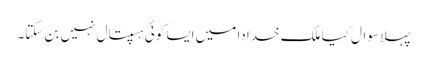
پہلا سوال کیا ملک خدادا میں ایسا کوئی ہسپتال نہیں بن سکتا۔